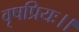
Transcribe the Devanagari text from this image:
वृषप्रियः।।